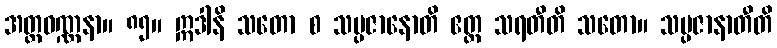
အတ္ထဝဏ္ဏနာ။ ၈၅။ ဣဒါနိ သတော စ သမ္ပဇာနောတိ ဧတ္ထ သရတီတိ သတော။ သမ္ပဇာနာတီတိ